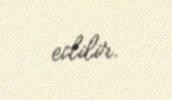
edilir.